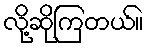
လို့ဆိုကြတယ်။